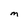
Character: M